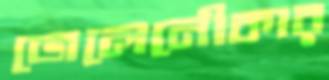
জেলেনৌকার